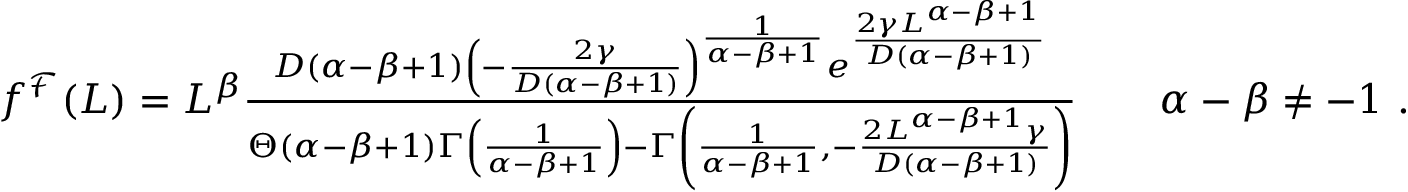
\begin{array} { r } { f ^ { \mathcal { F } } ( L ) = L ^ { \beta } \frac { D ( \alpha - \beta + 1 ) \left( - \frac { 2 \gamma } { D ( \alpha - \beta + 1 ) } \right) ^ { \frac { 1 } { \alpha - \beta + 1 } } e ^ { \frac { 2 \gamma L ^ { \alpha - \beta + 1 } } { D ( \alpha - \beta + 1 ) } } } { \Theta ( \alpha - \beta + 1 ) \Gamma \left( \frac { 1 } { \alpha - \beta + 1 } \right) - \Gamma \left( \frac { 1 } { \alpha - \beta + 1 } , - \frac { 2 L ^ { \alpha - \beta + 1 } \gamma } { D ( \alpha - \beta + 1 ) } \right) } \qquad \alpha - \beta \neq - 1 \ . } \end{array}